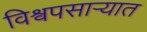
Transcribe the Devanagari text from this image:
विश्वपसाऱ्यात